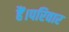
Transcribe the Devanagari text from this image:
हैं।परिवार